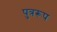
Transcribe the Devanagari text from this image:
पुत्ररूप